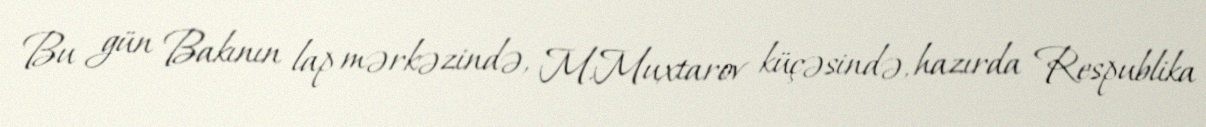
Bu gün Bakının lap mərkəzində, M.Muxtarov küçəsində, hazırda Respublika